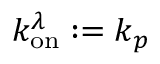
k _ { \mathrm { o n } } ^ { \lambda } : = k _ { p }